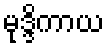
မုဒ္ဒိကာယ